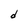
Character: d